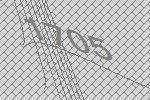
1705